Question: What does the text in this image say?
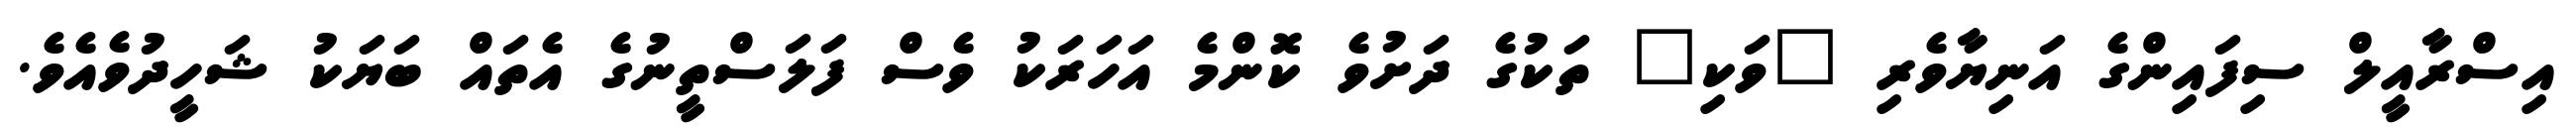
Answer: އިސްރާއީލް ސިފައިންގެ އަނިޔާވެރި "ވަކި" ތަކުގެ ދަށުވެ ކޮންމެ އަހަރަކު ވެސް ފަލަސްތީނުގެ އެތައް ބަޔަކު ޝަހީދުވެއެވެ.